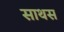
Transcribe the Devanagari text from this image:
साथस